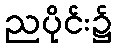
ညပိုင်း၌